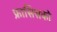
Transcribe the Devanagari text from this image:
फ्रासिसको